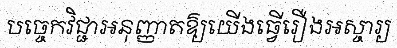
បច្ចេកវិជ្ជាអនុញ្ញាតឱ្យយើងធ្វើរឿងអស្ចារ្យ